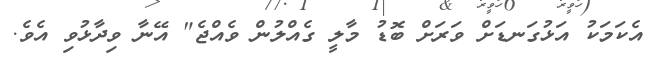
އެކަމަކު އަޅުގަނޑަށް ވަރަށް ބޮޑު މާލީ ގެއްލުން ވެއްޖެ" އޭނާ ވިދާޅުވި އެވެ.